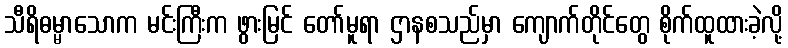
သီရိဓမ္မာသောက မင်းကြီးက ဖွားမြင် တော်မူရာ ဌာနစသည်မှာ ကျောက်တိုင်တွေ စိုက်ထူထားခဲ့လို့